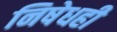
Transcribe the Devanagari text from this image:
निषेधही